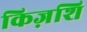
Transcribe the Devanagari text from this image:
किज़शि